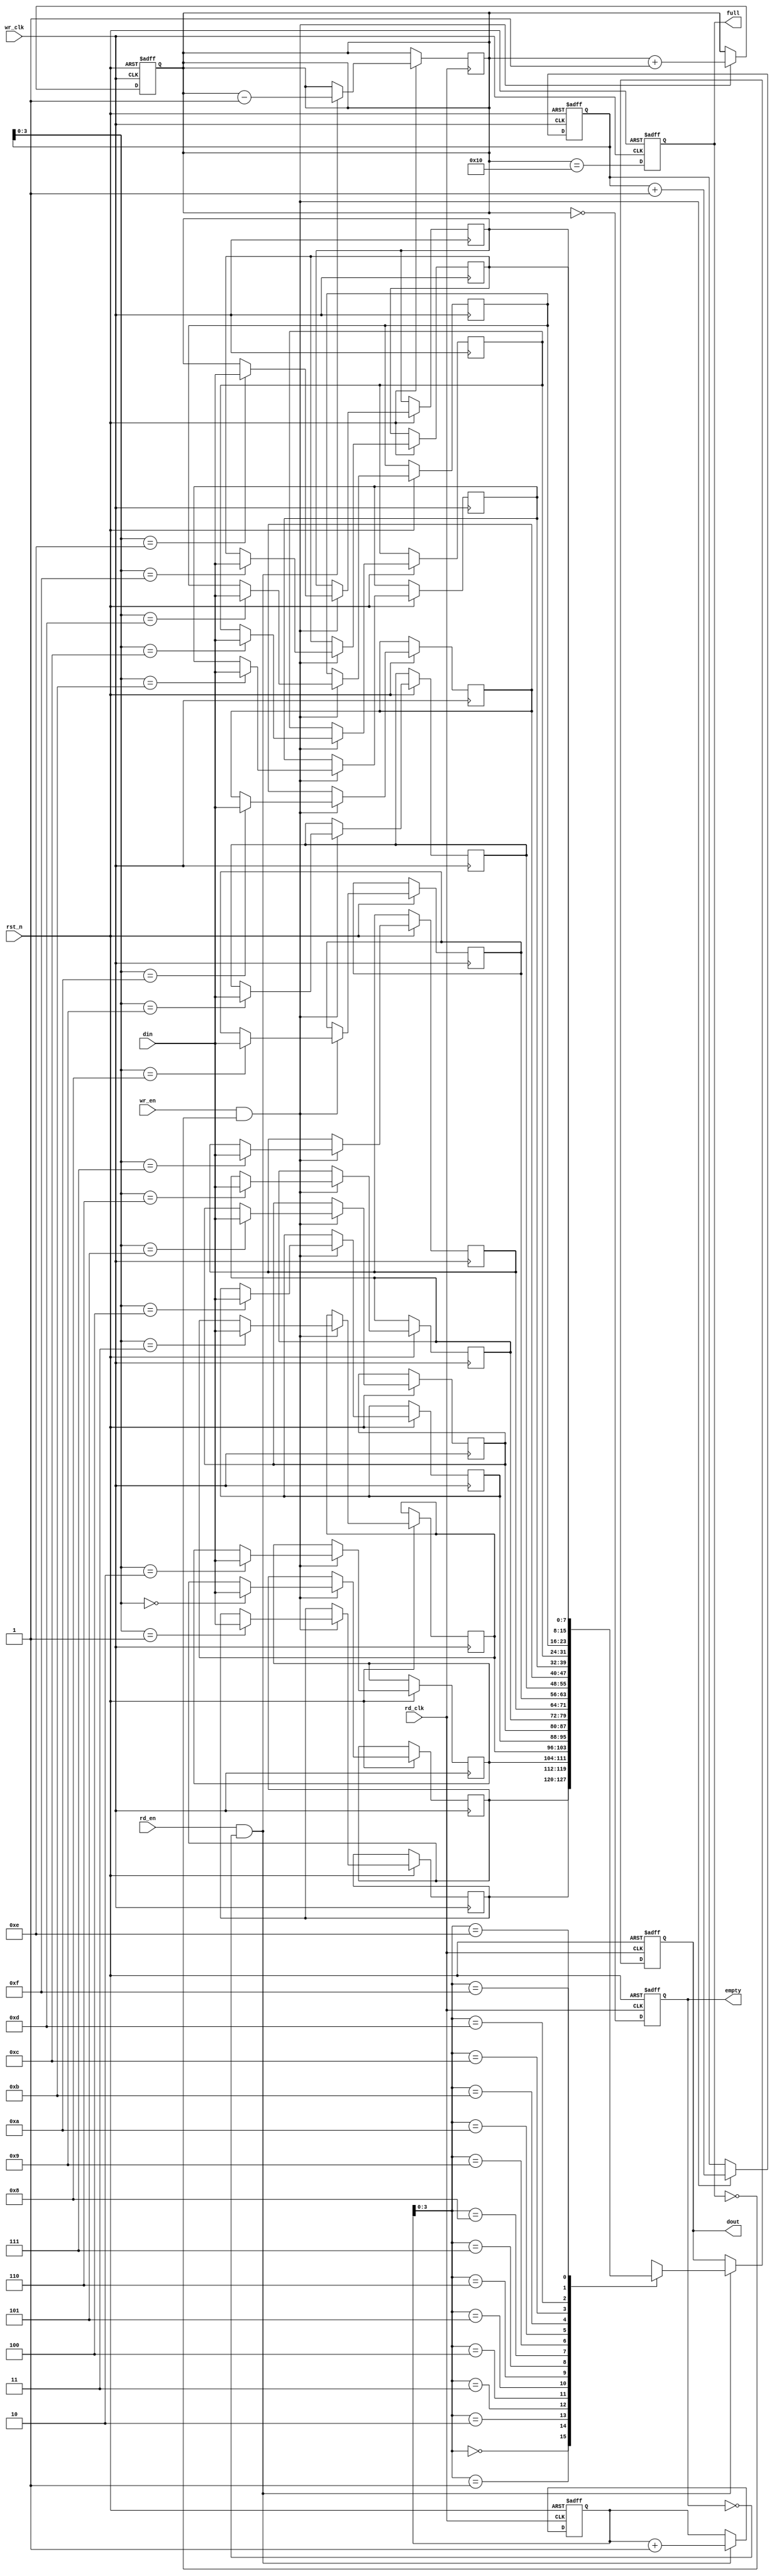
module async_fifo #(
    parameter DATA_WIDTH = 8,
    parameter FIFO_DEPTH = 16
) (
    input wire wr_clk,             // Write clock
    input wire rd_clk,             // Read clock
    input wire rst_n,              // Active low reset
    input wire wr_en,              // Write enable
    input wire rd_en,              // Read enable
    input wire [DATA_WIDTH-1:0] din, // Data input
    output reg [DATA_WIDTH-1:0] dout, // Data output
    output reg full,               // FIFO full flag
    output reg empty               // FIFO empty flag
);

    // Memory array
    reg [DATA_WIDTH-1:0] fifo_mem [0:FIFO_DEPTH-1];

    // Pointers
    reg [FIFO_DEPTH-1:0] wr_ptr;  // Write pointer
    reg [FIFO_DEPTH-1:0] rd_ptr;  // Read pointer
    reg [FIFO_DEPTH:0] count;      // Number of items in FIFO

    // Gray code conversion
    function [FIFO_DEPTH-1:0] bin_to_gray;
        input [FIFO_DEPTH-1:0] bin;
        begin
            bin_to_gray = bin ^ (bin >> 1);
        end
    endfunction

    // Asynchronous reset and pointer management
    always @(posedge wr_clk or negedge rst_n) begin
        if (!rst_n) begin
            wr_ptr <= 0;
            count <= 0;
            full <= 0;
        end else begin
            if (wr_en && !full) begin
                fifo_mem[wr_ptr] <= din;
                wr_ptr <= wr_ptr + 1;
                count <= count + 1;
            end
            full <= (count == FIFO_DEPTH);
        end
    end

    always @(posedge rd_clk or negedge rst_n) begin
        if (!rst_n) begin
            rd_ptr <= 0;
            dout <= 0;
            empty <= 1;
        end else begin
            if (rd_en && !empty) begin
                dout <= fifo_mem[rd_ptr];
                rd_ptr <= rd_ptr + 1;
                count <= count - 1;
            end
            empty <= (count == 0);
        end
    end

    // Pointer synchronization using Gray code (not shown for simplicity)
    // Synchronizing read pointer from write domain and vice versa
    // This part can be extended with additional registers and logic
    // to handle metastability and pointer synchronization.

endmodule